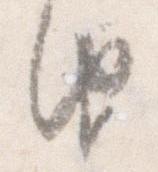
由